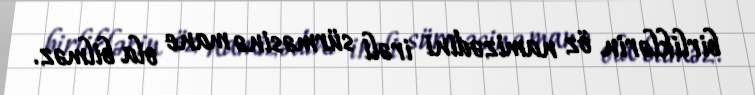
birliklərin öz namizədini irəli sürməsinə mane ola bilməz.